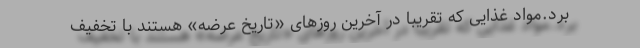
برد.مواد غذایی که تقریبا در آخرین روزهای «تاریخ عرضه» هستند با تخفیف